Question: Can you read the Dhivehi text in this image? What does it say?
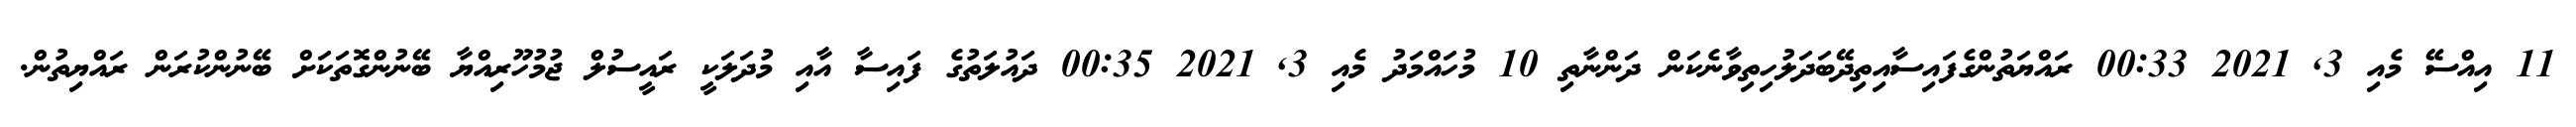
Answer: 11 އިއްސޭ މެއި 3, 2021 00:33 ރައްޔަތުންގެފައިސާއިތިދޭބަދަލުހިތިވާނެކަން ދަންނާތި 10 މުހައްމަދު މެއި 3, 2021 00:35 ދައުލަތުގެ ފައިސާ އާއި މުދަލަކީ ރައީސުލް ޖުމުހޫރިއްޔާ ބޭނުންގޮތަކަށް ބޭނުންކުރަން ރައްޔިތުން.